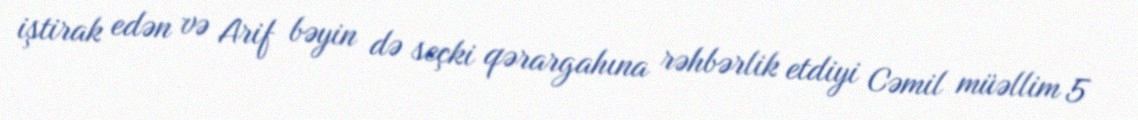
iştirak edən və Arif bəyin də seçki qərargahına rəhbərlik etdiyi Cəmil müəllim 5